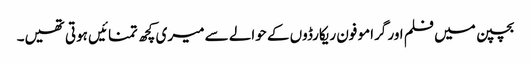
بچپن میں فلم اور گرامو فون ریکارڈوں کے حوالے سے میری کچھ تمنائیں ہوتی تھیں۔